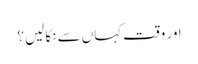
اور وقت کہاں سے نکالیں ؟